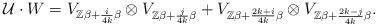
LaTeX: \begin{align*}\mathcal{U}\cdot W=V_{\mathbb{Z}\beta+\frac{i}{4k}\beta}\otimes V_{\mathbb{Z}\beta+\frac{j}{4k}\beta}+V_{\mathbb{Z}\beta+\frac{2k+i}{4k}\beta}\otimes V_{\mathbb{Z}\beta+\frac{2k-j}{4k}\beta}.\end{align*}